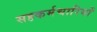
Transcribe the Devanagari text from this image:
सहकर्मचारियों